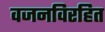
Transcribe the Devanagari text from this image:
वजनविरहित